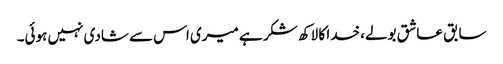
سابق عاشق بولے، خدا کا لاکھ شکر ہے میری اس سے شادی نہیں ہوئی۔